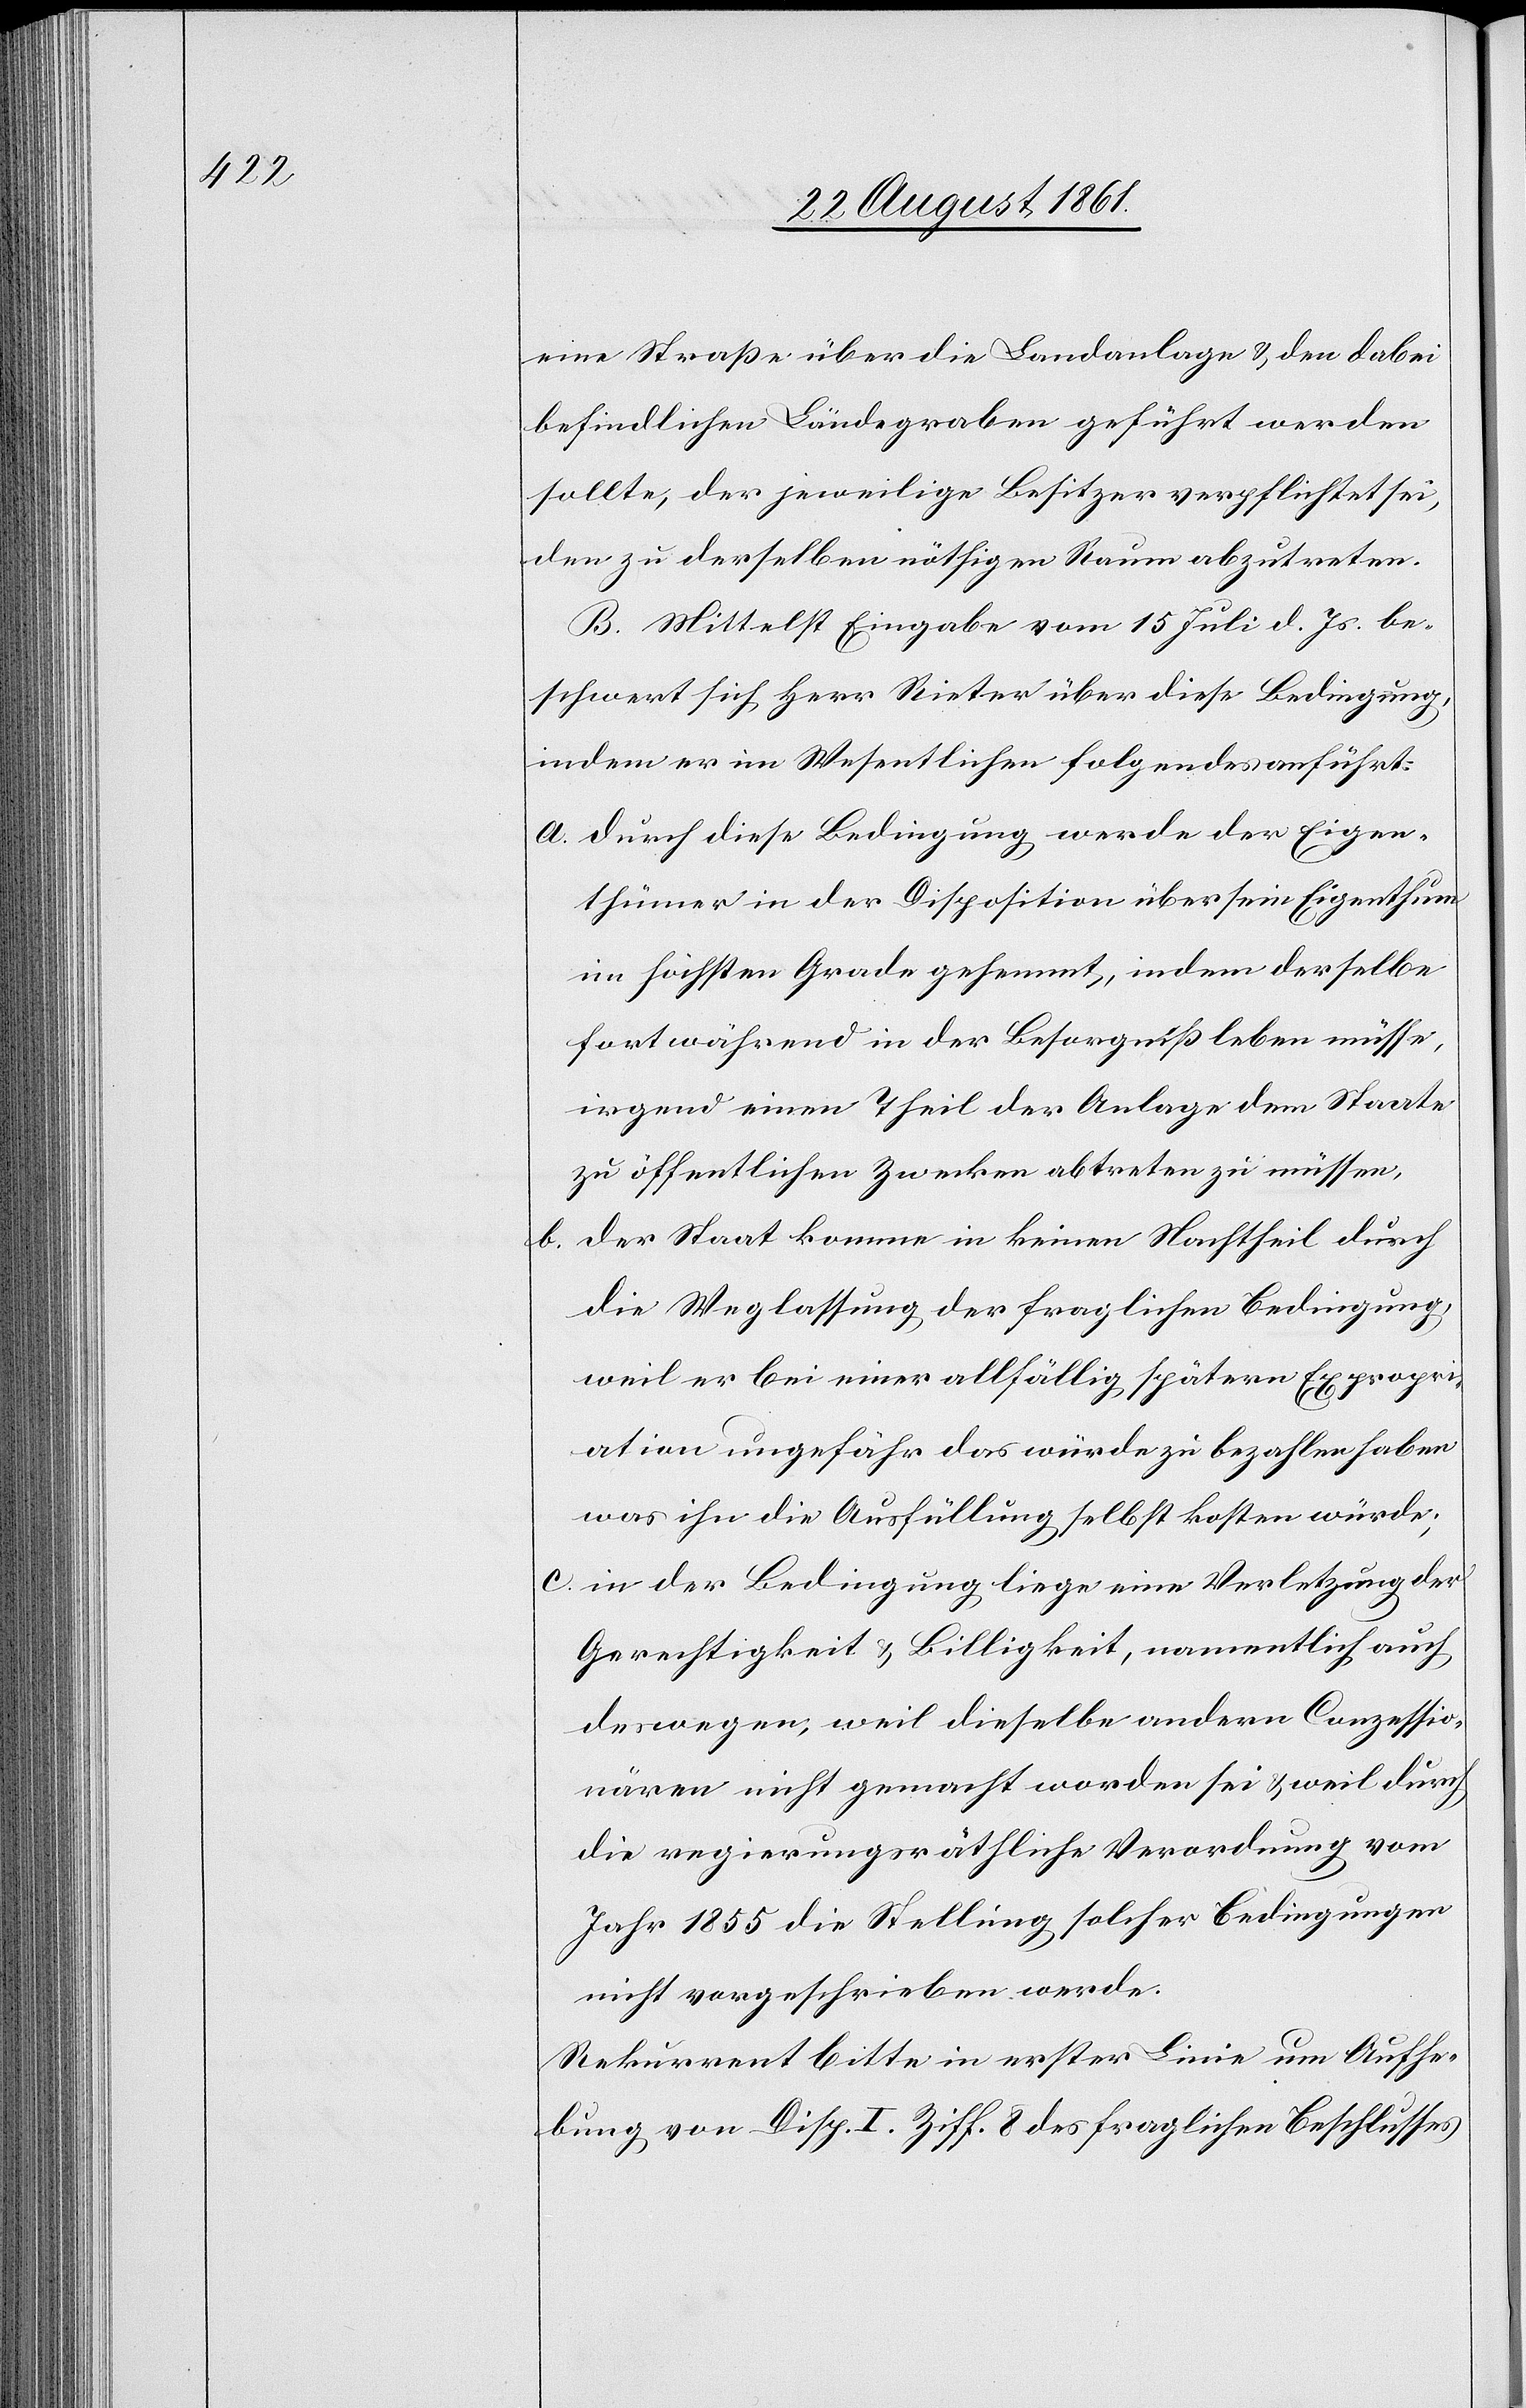
eine Straße über die Landanlage u. den dabei
befindlichen Ländegraben geführt werden
sollte, der jeweilige Besitzer verpflichtet sei,
den zu derselben nöthigen Raum abzutreten.
B. Mittelst Eingabe vom 15 Juli d. Js. be¬
schwert sich Herr Rieter über diese Bedingung,
indem er im Wesentlichen folgendes anführt:
a. durch diese Bedingung werde der Eigen¬
thümer in der Disposition über sein Eigenthum
im höchsten Grade gehemmt, indem derselbe
fortwährend in der Besorgniß leben müsse,
irgend einen Theil der Anlage dem Staate
zu öffentlichen Zwecken abtreten zu müssen,
b. der Staat komme in keinen Nachtheil durch
die Weglassung der fraglichen Bedingung,
weil er bei einer allfällig spätern Expropri¬
ation ungefähr das würde zu bezahlen haben
was ihn die Ausfüllung selbst kosten würde;
c. in der Bedingung liege eine Verletzung der
Gerechtigkeit u. Billigkeit, namentlich auch
deswegen, weil dieselbe andern Conzessio¬
nären nicht gemacht worden sei u. weil durch
die regierungsräthliche Verordnung vom
Jahr 1855 die Stellung solcher Bedingungen
nicht vorgeschrieben werde.
Rekurrent bitte in erster Linie um Aufhe¬
bung von Disp. I Ziff. 8 des fraglichen Beschlusses